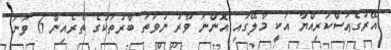
އޭރުގެޢަސްކަރިއްޔާ އަކީ މާލޭގައި އޮންނަ ވާރު ނުވަތަ ބާރުތަކުގެ ތެރެއިން 6 ވަނަ